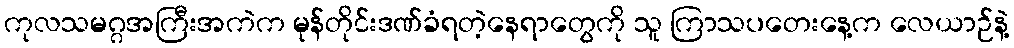
ကုလသမဂ္ဂအကြီးအကဲက မုန်တိုင်းဒဏ်ခံရတဲ့နေရာတွေကို သူ ကြာသပတေးနေ့က လေယာဉ်နဲ့